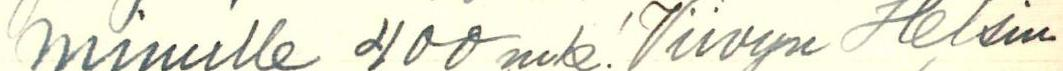
minulle 400 mk. Viivyn Helsin